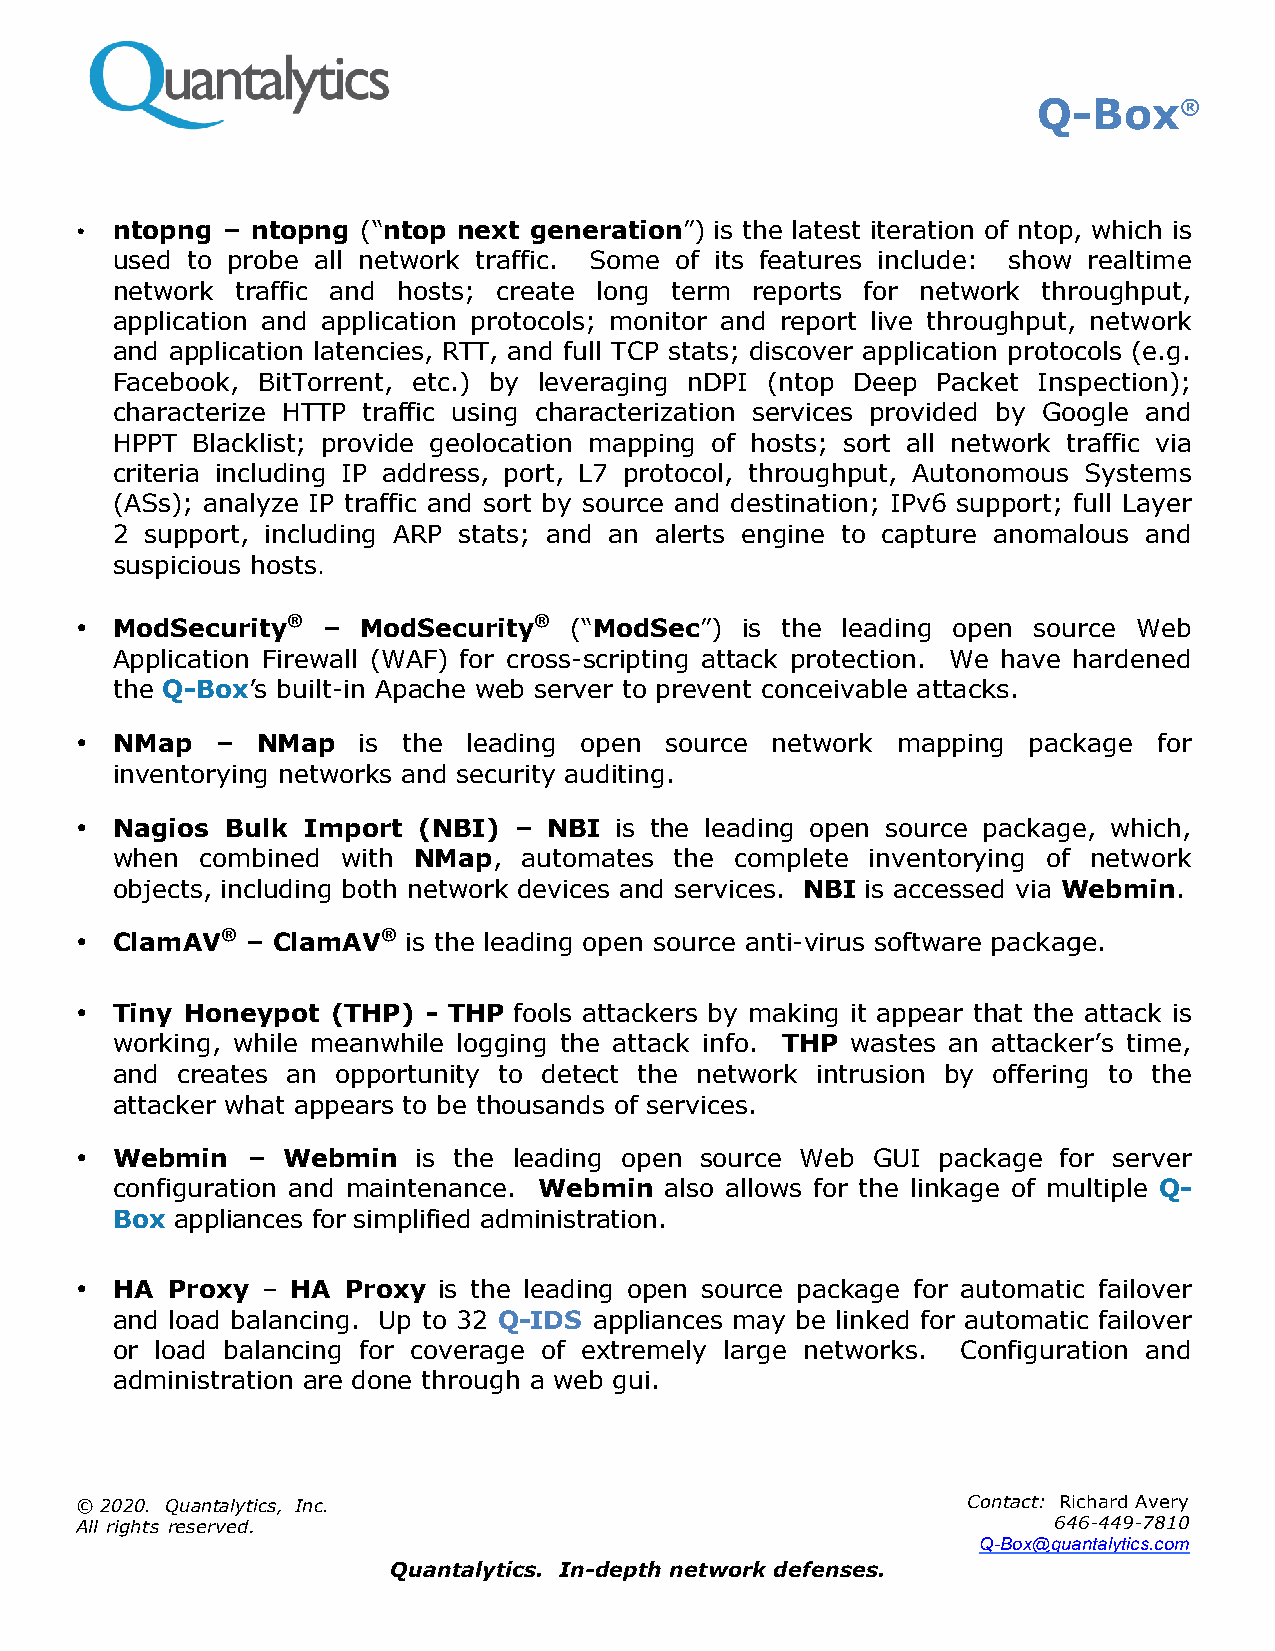
Q-Box®
 • ntopng  – ntopng (“ntop next generation”) is the latest iteration of ntop, which is
 used to probe all network traffic. Some of its features include: show realtime
 network  traffic and hosts; create long term reports for network throughput,
 application and application protocols; monitor and report live throughput, network
 and application latencies, RTT, and full TCP stats; discover application protocols (e.g.
 Facebook, BitTorrent, etc.) by leveraging nDPI (ntop Deep Packet Inspection);
 characterize HTTP traffic using characterization services provided by Google and
 HPPT  Blacklist; provide geolocation mapping of hosts; sort all network traffic via
 criteria including IP address, port, L7 protocol, throughput, Autonomous Systems
 (ASs); analyze IP traffic and sort by source and destination; IPv6 support; full Layer
 2  support, including ARP stats; and an alerts engine to capture anomalous and
 suspicious hosts.
 • ModSecurity®  –  ModSecurity®  (“ModSec”) is the leading open source Web
 Application Firewall (WAF) for cross-scripting attack protection. We have hardened
 the Q-Box’s built-in Apache web server to prevent conceivable attacks.
 • NMap   –  NMap   is the leading open source network mapping  package  for
 inventorying networks and security auditing.
 • Nagios  Bulk Import  (NBI) – NBI  is the leading open source package, which,
 when  combined  with NMap,  automates the complete inventorying of network
 objects, including both network devices and services. NBI is accessed via Webmin.
 • ClamAV®  – ClamAV®  is the leading open source anti-virus software package.
 • Tiny Honeypot  (THP) - THP fools attackers by making it appear that the attack is
 working, while meanwhile logging the attack info. THP wastes an attacker’s time,
 and  creates an opportunity to detect the network intrusion by offering to the
 attacker what appears to be thousands of services.
 • Webmin   –  Webmin   is the leading open source Web GUI package for server
 configuration and maintenance. Webmin also allows for the linkage of multiple Q-
 Box appliances for simplified administration.
 • HA  Proxy – HA  Proxy is the leading open source package for automatic failover
 and load balancing. Up to 32 Q-IDS appliances may be linked for automatic failover
 or load balancing for coverage of extremely large networks. Configuration and
 administration are done through a web gui.
 © 2020. Quantalytics, Inc.                                 Contact: Richard Avery
 All rights reserved.                                             646-449-7810
 Q-Box@quantalytics.com
 Quantalytics. In-depth network defenses.